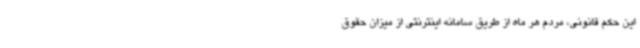
این حکم قانونی، مردم هر ماه از طریق سامانه اینترنتی از میزان حقوق